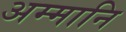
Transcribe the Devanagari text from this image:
अम्मानि